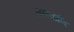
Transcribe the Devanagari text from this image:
तत्त्वानि